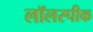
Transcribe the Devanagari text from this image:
लॉलस्पीक